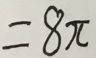
= 8 \pi